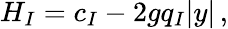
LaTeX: H_{I}=c_{I}-2gq_{I}|y|\, ,